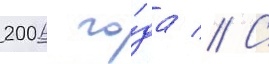
2006 го́да // С